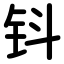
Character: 钭